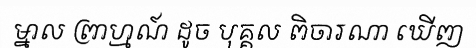
ម្នាល ព្រាហ្មណ៍ ដូច បុគ្គល ពិចារណា ឃើញ